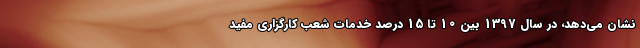
نشان می‌دهد، در سال 1397 بین 10 تا 15 درصد خدمات شعب کارگزاری مفید